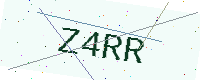
Text: Z4RR